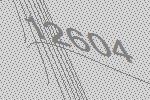
12604